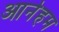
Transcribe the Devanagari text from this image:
आर्नेहम